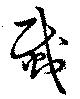
災